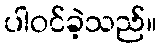
ပါဝင်ခဲ့သည်။